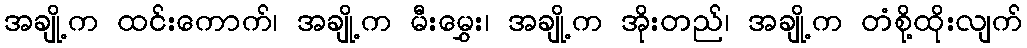
အချို့က ထင်းကောက်၊ အချို့က မီးမွှေး၊ အချို့က အိုးတည်၊ အချို့က တံစို့ထိုးလျက်